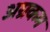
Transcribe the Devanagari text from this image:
अग्रकम